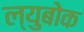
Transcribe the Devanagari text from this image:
ल्युबोक